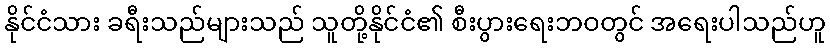
နိုင်ငံသား ခရီးသည်များသည် သူတို့နိုင်ငံ၏ စီးပွားရေးဘဝတွင် အရေးပါသည်ဟူ